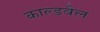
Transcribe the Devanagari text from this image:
काल्डवैल